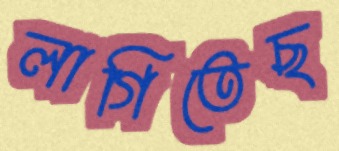
লাগিতেছ